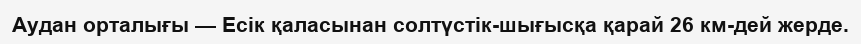
Аудан орталығы — Есік қаласынан солтүстік-шығысқа қарай 26 км-дей жерде.